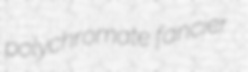
polychromate fancier